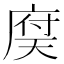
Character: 𢉶